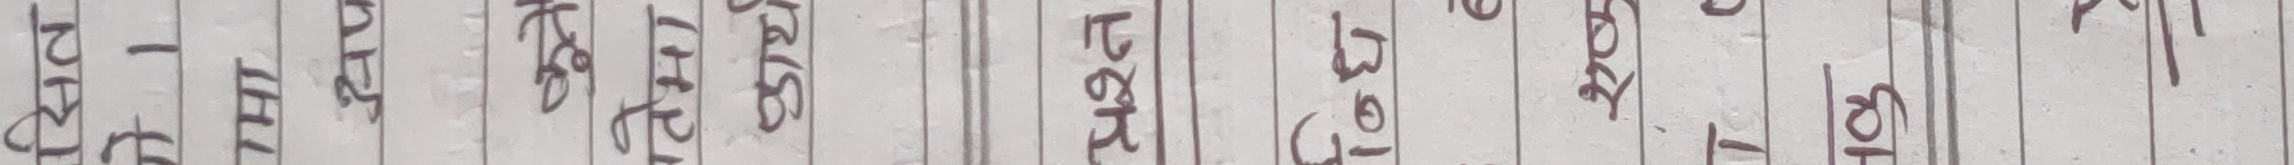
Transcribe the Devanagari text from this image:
पुजा उमेश अजय बिमला पुष्पा सुन्दर संगीता अम्बर बबीता राजु अभिषेक कृष्ण अनिल निराजन रबि